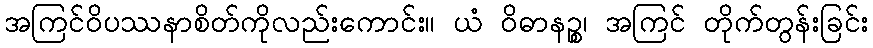
အကြင်ဝိပဿနာစိတ်ကိုလည်းကောင်း။ ယံ ဝိဓာနဉ္စ၊ အကြင် တိုက်တွန်းခြင်း